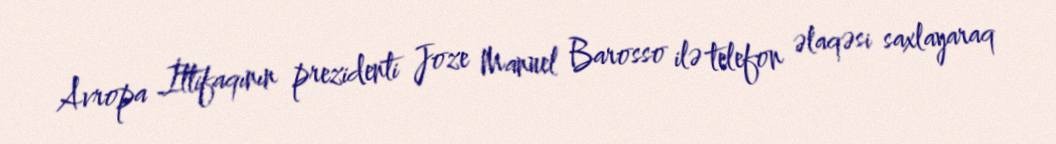
Avropa İttifaqının prezidenti Joze Manuel Barosso ilə telefon əlaqəsi saxlayaraq